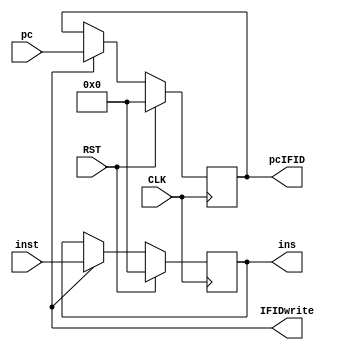
module IF_ID
(
    input CLK,RST, 
    input [63:0] inst,
    input [63:0] pc, 
    output IFIDwrite,
    output reg [63:0] pcIFID,
    output reg [63:0] ins); 
always@(posedge CLK)
    begin
      if (RST == 1'b1)
        begin
          pcIFID = 64'b0;
          ins = 64'b0;
        end
      else if (IFIDwrite)
        begin
          pcIFID = pc;
          ins = inst;
        end
    end
    
    

endmodule